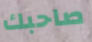
صاحبك